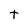
Character: t